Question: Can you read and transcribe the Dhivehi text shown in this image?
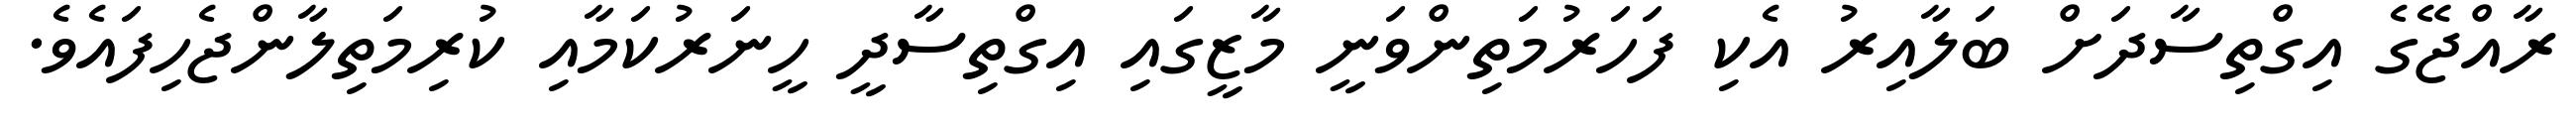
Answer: ރާއްޖޭގެ އިގްތިސާދަށް ބަލާއިރު އެކި ފަހަރުމަތިންވަނީ މާޒީގައި އިގްތިސާދީ ހީނަރުކަމާއި ކުރިމަތިލާންޖެހިފައެވެ.